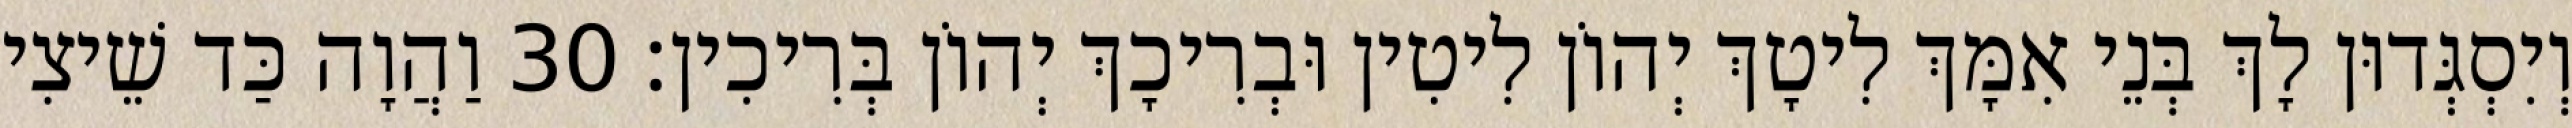
וְיִסְגְּדוּן לָךְ בְּנֵי אִמָּךְ לִיטָךְ יְהוֹן לִיטִין וּבְרִיכָךְ יְהוֹן בְּרִיכִין׃ 30 וַהֲוָה כַּד שֵׁיצִי